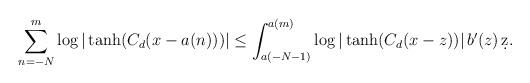
LaTeX: \begin{align*}\sum_{n=-N}^{m} \log | \tanh(C_{d}(x - a(n))) | \leq \int_{a(-N-1)}^{a(m)} \log | \tanh(C_{d}(x - z)) | \, b'(z)\, \d z.\end{align*}